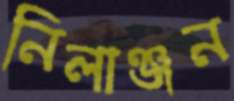
নিলাঞ্জন